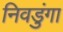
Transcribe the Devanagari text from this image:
निवडुंगा